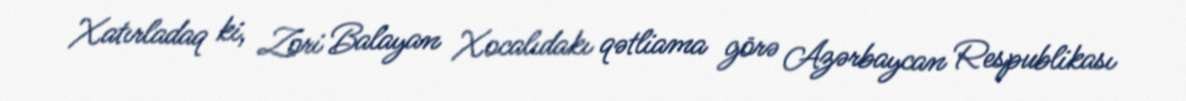
Xatırladaq ki, Zori Balayan Xocalıdakı qətliama görə Azərbaycan Respublikası